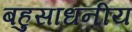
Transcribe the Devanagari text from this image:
बहुसाधनीय